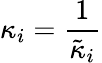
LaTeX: \kappa_{i}=\frac{1}{\tilde{\kappa}_{i}}